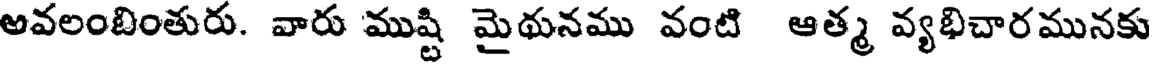
అవలంబింతురు. వారు ముష్టి మైథునము వంటి ఆత్మ వ్యభిచారమునకు